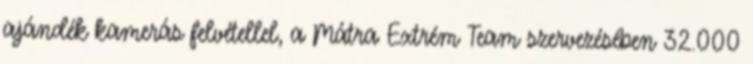
ajándék kamerás felvétellel, a Mátra Extrém Team szervezésében 32.000